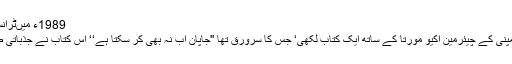
1989ء میںٹرانسپورٹ وزیر (اور بعد میں ٹوکیو کے
گورنر) شینٹوارو اسحاہر نے سونی کمپنی کے چیئرمین اکیو مورتا کے ساتھ ایک کتاب لکھی‘ جس کا سرورق تھا ''جاپان اب نہ بھی کر سکتا ہے‘‘ اس کتاب نے جذباتی طور پر جاپانی اقدامات کی مذمت کی۔